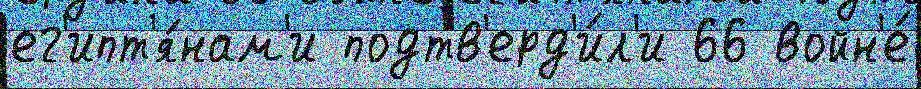
ег'ипт'я́нам'и подтв'ерд'и́л'и 66 войн'е́